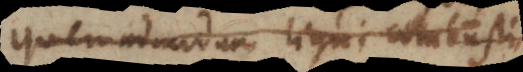
quemadmodum ligni combusti